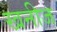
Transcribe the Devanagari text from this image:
खनीज